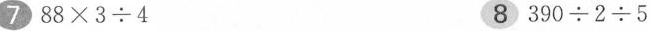
7$$8 8 \times 3 \div 4$$ 8$$3 9 0 \div 2 \div 5$$